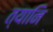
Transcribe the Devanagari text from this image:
त्यानि